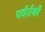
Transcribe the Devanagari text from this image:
पर्वर्तकों